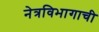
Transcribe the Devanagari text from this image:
नेत्रविभागाची